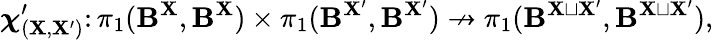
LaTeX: \boldsymbol{\chi}_{(\mathbf{X},\mathbf{X}^{\prime})}^{\prime}\colon\pi_{1}({\boldsymbol{\mathbf{{B}}}}^{\mathbf{X}},{\boldsymbol{\mathbf{{B}}}}^{\mathbf{X}})\times\pi_{1}({\boldsymbol{\mathbf{{B}}}}^{\mathbf{X}^{\prime}},{\boldsymbol{\mathbf{{B}}}}^{\mathbf{X}^{\prime}})\nrightarrow\pi_{1}({\boldsymbol{\mathbf{{B}}}}^{\mathbf{X}\sqcup\mathbf{X}^{\prime}},{\boldsymbol{\mathbf{{B}}}}^{\mathbf{X}\sqcup\mathbf{X}^{\prime}}),